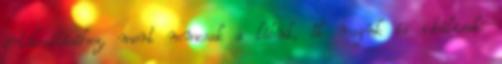
értékesítéséhez, mert nemcsak a lábuk, ők maguk is ideálisak.